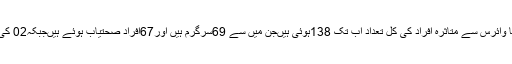
ضلع بڈگام میں کورونا وائرس سے متاثرہ افراد کی کُل تعداد اب تک 138ہوئی ہیںجن میں سے 69سرگرم ہیں اور67اَفراد صحتیاب ہوئے ہیںجبکہ02 کی موت واقع ہوئی ہے ۔